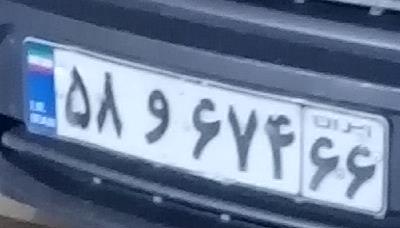
۵۸و۶۷۴۶۶